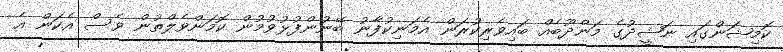
ކޮމިޝަންގައި ނަޝީދުގެ މަންދޫބެއް ބައިވެރިކުރަން އެމަނިކުފާނު ބޭނުންފުޅުވުމުން ކޮމަންވެލްތުން ވެސް އެކަން އެ